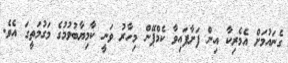
ގެނައުމަށް އެމެރިކާ އިން ފަށާފައިވާ ކެމްޕޭން މިހާރު ވަނީ ކާމިޔާބުވުމުގެ މަގުމަތީގަ އެވެ.